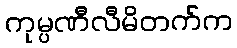
ကုမ္ပဏီလီမိတက်က